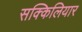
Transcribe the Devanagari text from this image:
सक्किलियार